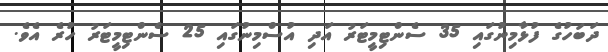
ދަބަހުގެ ފުޅާމިނުގައި 35 ސެންޓިމީޓަރު އަދި އުސްމިނުގައި 25 ސެންޓިމީޓަރު ހުރެ އެވެ.